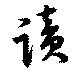
讀